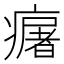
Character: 𤺈